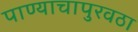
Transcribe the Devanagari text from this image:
पाण्याचापुरवठा